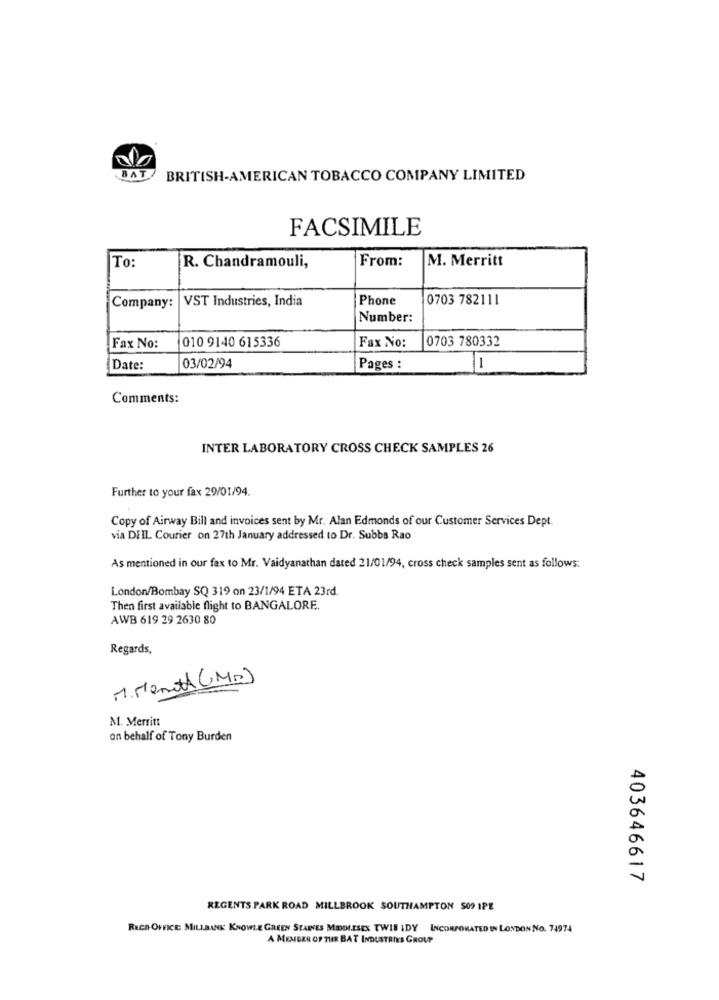
BAT
BRITISH-AMERICAN TOBACCO COMPANY LIMITED
FACSIMILE
From:
M. Merritt
To:
R. Chandramouli,
Company: VST Industries, India
Phone
0703 782111
Number:
010 9140 615336
Fax No:
0703 780332
Fax No:
Date:
03/02/94
Pages :
1
Comments:
INTER LABORATORY CROSS CHECK SAMPLES 26
Further to your fax 29/01/94.
Copy of Airway Bill and invoices sent by Mr. Alan Edmonds of our Customer Services Dept.
via DEIL Courier on 27th January addressed to Dr. Subbs Rao
As mentioned in our fax to Mr. Vaidyanathan dated 21/01/94, cross check samples sent as follows:
London/Bombay SQ 319 on 23/1/94 ETA 23rd.
Then first available flight to BANGALORE.
AWB 619 29 2630 80
Regards,
MM. Month (MR)
M. Merritt
on behalf of Tony Burden
403646617
REGENTS PARK ROAD MILLBROOK SOUTHAMPTON 509 IPE
RECD OFFICE MILLBANK KNOWLE GREEN STARES MIDDLESEX TWIS IDY INCORPORATED IN LONDON NO. 74974
A MEMBER OF THR BAT INDUSTRIES GROUP